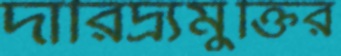
দারিদ্র্যমুক্তির